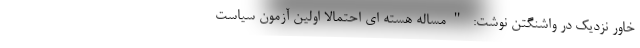
خاور نزدیک در واشنگتن نوشت: "مساله هسته ای احتمالا اولین آزمون سیاست